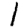
Digit: 1